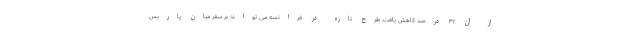
از آن ۴۲ درصد کاهش یافت. طرح تازه در فرانسه می تواند بر سفر میان پاریس